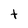
Character: t